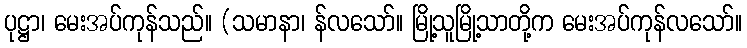
ပုဋ္ဌာ၊ မေးအပ်ကုန်သည်။ (သမာနာ၊ န်လသော်။ မြို့သူမြို့သာတို့က မေးအပ်ကုန်လသော်။